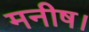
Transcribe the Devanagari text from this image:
मनीष।